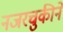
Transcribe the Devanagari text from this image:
नजरचुकीने